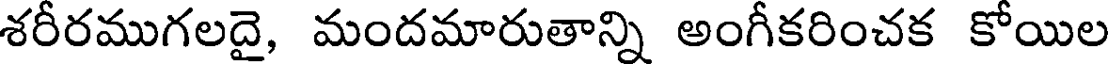
శరీరముగలదై, మందమారుతాన్ని అంగీకరించక కోయిల